Vaccination in Burma 1920-1933 - 1920-1933
Year: 1920
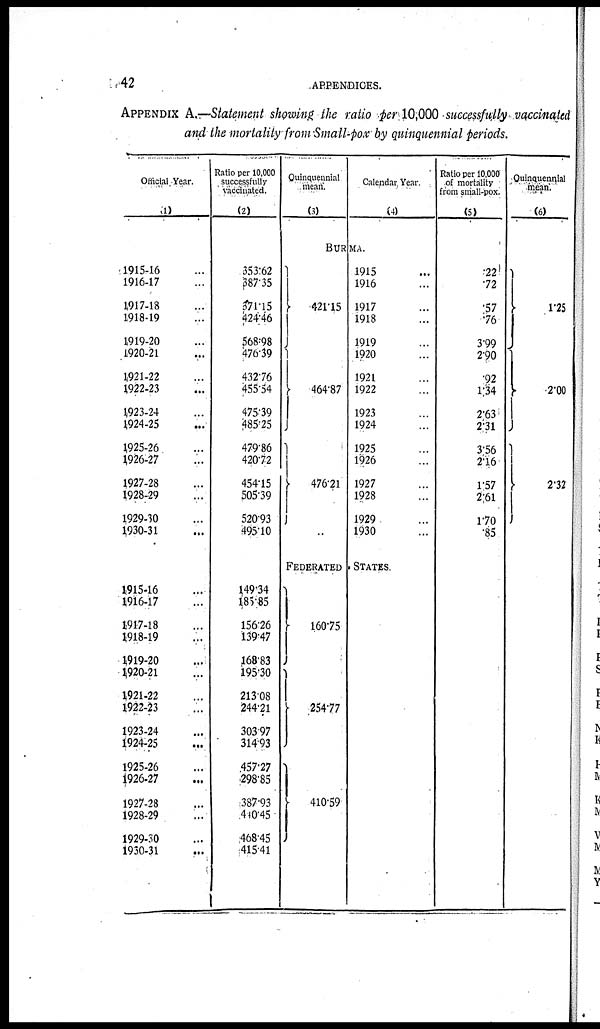
42
APPENDICES.
APPENDIX A.—Statement showing the ratio per 10,000 successfully vaccinated
and the mortality from Small-pox by quinquennial periods.
Official Year.
(1)
1915-16 ...
1916-17 ...
1917-18 ...
1918-19 ...
1919-20 ...
1920-21 ...
1921-22 ...
1922-23 ...
1923-24 ...
1924-25 ...
1925-26 ...
1926-27 ...
1927-28 ...
1928-29 ...
1929-30 ...
1930-31 ...
1915-16 ...
1916-17 ...
1917-18 ...
1918-19 ...
1919-20 ...
1920-21 ...
1921-22 ...
1922-23 ...
1923-24 ...
1924-25 ...
1925-26 ...
1926-27 ...
1927-28 ...
1928-29 ...
1929-30 ...
1930-31 ...
Ratio per 10,000
successfully
vaccinated.
(2)
353.62
387.35
371.15
424.46
568.98
476.39
432.76
455.54
475.39
485.25
479.86
420.72
454.15
505.39
520.93
495.10
149.34
185.85
156.26
139.47
168.83
195.30
213.08
244.21
303.97
314.93
457.27
298.85
387.93
410.45
468.45
415.41
Quinauennial
mean.
(3)
Calendar Year.
(4)
BURMA.
421.15
464.87
476.21
1915 ...
1916 ...
1917 ...
1918 ...
1919 ...
1920 ...
1921 ...
1922 ...
1923 ...
1924 ...
1925 ...
1926 ...
1927 ...
1928 ...
1929 ...
1930 ...
FEDERATED STATES.
160.75
254.77
410.59
Ratio per 10,000
of mortality
from small-pox.
(5)
.22
.72
.57
.76
3.99
2.90
.92
1.34
2.63
2.31
3.56
2.16
1.57
2.61
1.70
.85
Ouinaueunial
mean.
(6)
1.25
2.00
2.32